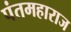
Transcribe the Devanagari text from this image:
पंतमहाराज